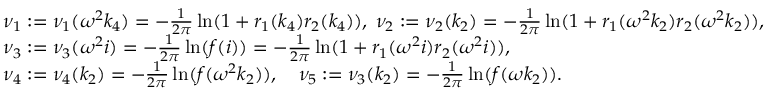
\begin{array} { r l } & { \nu _ { 1 } : = \nu _ { 1 } ( \omega ^ { 2 } k _ { 4 } ) = - \frac { 1 } { 2 \pi } \ln ( 1 + r _ { 1 } ( k _ { 4 } ) r _ { 2 } ( k _ { 4 } ) ) , \; \nu _ { 2 } : = \nu _ { 2 } ( k _ { 2 } ) = - \frac { 1 } { 2 \pi } \ln ( 1 + r _ { 1 } ( \omega ^ { 2 } k _ { 2 } ) r _ { 2 } ( \omega ^ { 2 } k _ { 2 } ) ) , } \\ & { \nu _ { 3 } : = \nu _ { 3 } ( \omega ^ { 2 } i ) = - \frac { 1 } { 2 \pi } \ln ( f ( i ) ) = - \frac { 1 } { 2 \pi } \ln ( 1 + r _ { 1 } ( \omega ^ { 2 } i ) r _ { 2 } ( \omega ^ { 2 } i ) ) , } \\ & { \nu _ { 4 } : = \nu _ { 4 } ( k _ { 2 } ) = - \frac { 1 } { 2 \pi } \ln ( f ( \omega ^ { 2 } k _ { 2 } ) ) , \quad \nu _ { 5 } : = \nu _ { 3 } ( k _ { 2 } ) = - \frac { 1 } { 2 \pi } \ln ( f ( \omega k _ { 2 } ) ) . } \end{array}